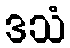
ဒသံ